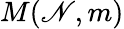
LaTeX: M(\mathscr{N},m)